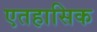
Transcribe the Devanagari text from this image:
एतहासिक